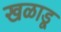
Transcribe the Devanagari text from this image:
खळाडू